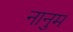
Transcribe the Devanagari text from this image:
नानुम